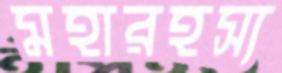
মহারহস্য